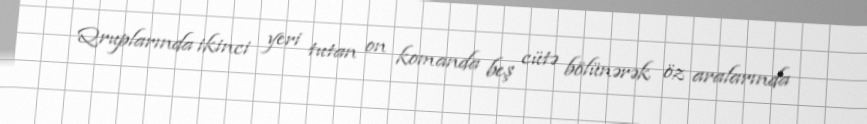
Qruplarında ikinci yeri tutan on komanda beş cütə bölünərək öz aralarında